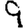
Digit: 9